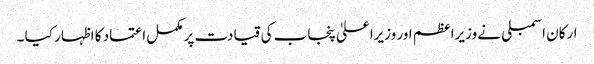
ارکان اسمبلی نے وزیراعظم اور وزیراعلیٰ پنجاب کی قیادت پر مکمل اعتماد کا اظہار کیا ۔